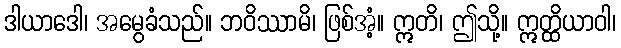
ဒါယာဒေါ၊ အမွေခံသည်။ ဘဝိဿာမိ၊ ဖြစ်အံ့။ ဣတိ၊ ဤသို့။ ဣတ္ထိယာဝါ၊